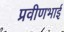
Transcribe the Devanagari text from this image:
प्रवीणभाई